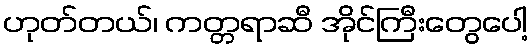
ဟုတ်တယ်၊ ကတ္တရာဆီ အိုင်ကြီးတွေပေါ့